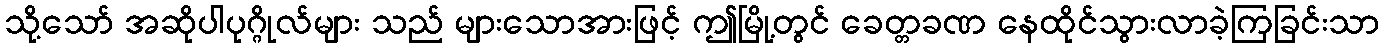
သို့သော် အဆိုပါပုဂ္ဂိုလ်များ သည် များသောအားဖြင့် ဤမြို့တွင် ခေတ္တခဏ နေထိုင်သွားလာခဲ့ကြခြင်းသာ